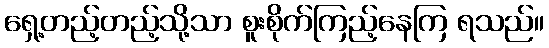
ရှေ့တည့်တည့်သို့သာ စူးစိုက်ကြည့်နေကြ ရသည်။